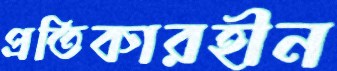
প্রতিকারহীন